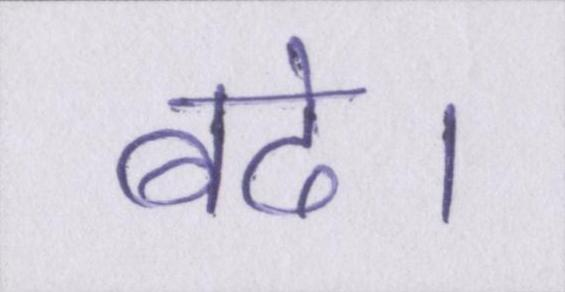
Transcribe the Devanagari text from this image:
बढे।